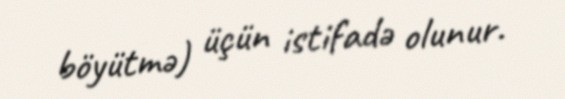
böyütmə) üçün istifadə olunur.